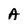
Character: A